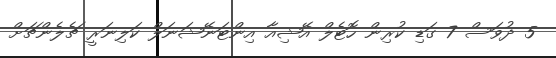
5 ދުވަސް 7 ގަޑި ކުރިން ހޮޓެލް އޭޝިއާ އިންޓަނޭޝަނަލް ކަލިނަރީ ޗެލެންޗަށް